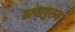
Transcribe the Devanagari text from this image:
छायापुरुष